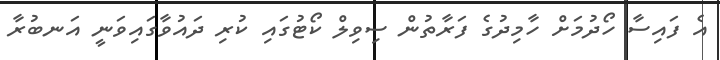
އެ ފައިސާ ހޯދުމަށް ހާމިދުގެ ފަރާތުން ސިވިލް ކޯޓުގައި ކުރި ދައުވާގައިވަނީ އަނބުރާ